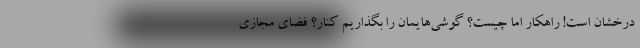
درخشان است! راهکار اما چیست؟ گوشی‌هایمان را بگذاریم کنار؟ فضای مجازی